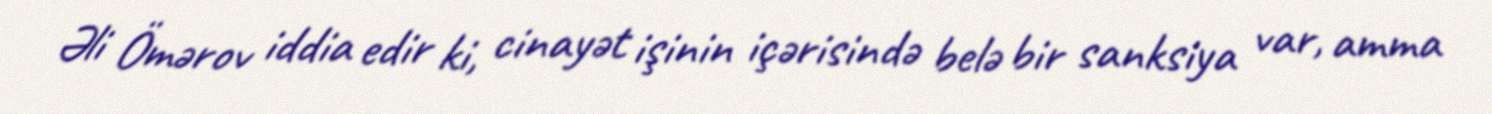
Əli Ömərov iddia edir ki, cinayət işinin içərisində belə bir sanksiya var, amma